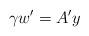
LaTeX: \begin{align*}\gamma w' = A' y\end{align*}